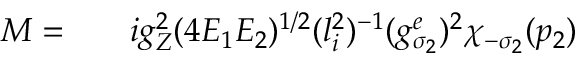
\begin{array} { r l r } { { \cal M } = } & { { } } & { i g _ { Z } ^ { 2 } ( 4 E _ { 1 } E _ { 2 } ) ^ { 1 / 2 } ( l _ { i } ^ { 2 } ) ^ { - 1 } ( g _ { \sigma _ { 2 } } ^ { e } ) ^ { 2 } \chi _ { - \sigma _ { 2 } } ( p _ { 2 } ) } \end{array}